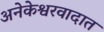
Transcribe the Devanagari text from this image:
अनेकेश्वरवादात